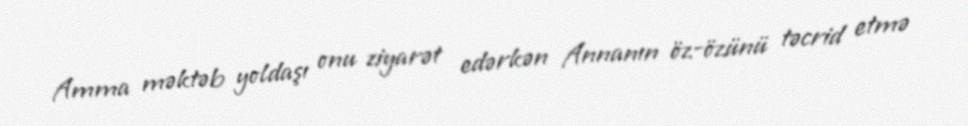
Amma məktəb yoldaşı onu ziyarət edərkən Annanın öz-özünü təcrid etmə